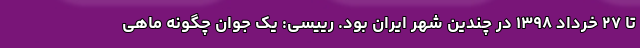
تا ۲۷ خرداد ۱۳۹۸ در چندین شهر ایران بود. رییسی: یک جوان چگونه ماهی